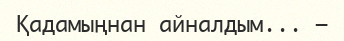
Қадамыңнан айналдым... –